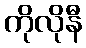
ကိုလိုနီ